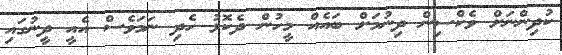
ކުދިންނަށް ވެކްސިން ދިނުމަށް ބައެއް މީހުން ދެކޮޅު ހެދި ނަމަވެސް އެއީ ދީނުގައި